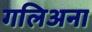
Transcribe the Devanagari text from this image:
गलिअना